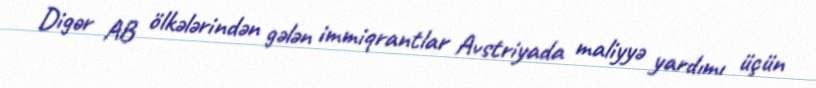
Digər AB ölkələrindən gələn immiqrantlar Avstriyada maliyyə yardımı üçün